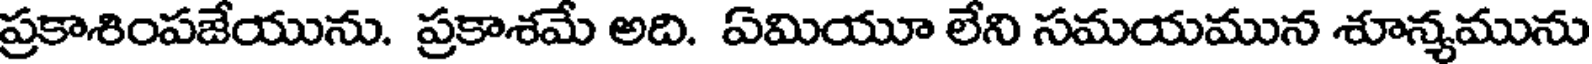
ప్రకాశింపజేయును. ప్రకాశమే అది. ఏమియూ లేని సమయమున శూన్యమును